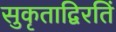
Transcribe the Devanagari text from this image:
सुकृताद्विरतिं